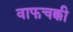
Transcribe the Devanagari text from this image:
वाफचक्की